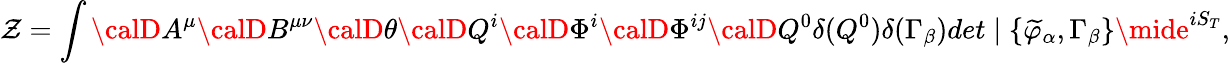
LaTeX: {\cal\mathcal{Z}}=\int{\calD}A^{\mu}{\calD}B^{\mu\nu}{\calD}\theta{\calD}Q^{i}{\calD}\Phi^{i}{\calD}\Phi^{ij}{\calD}Q^{0}\delta(Q^{0})\delta(\Gamma_{\beta})det\mid\{ \widetilde{{\varphi}}_{\alpha},\Gamma_{\beta}\} \mide^{iS_{T}},